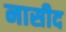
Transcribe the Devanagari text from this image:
नासीद